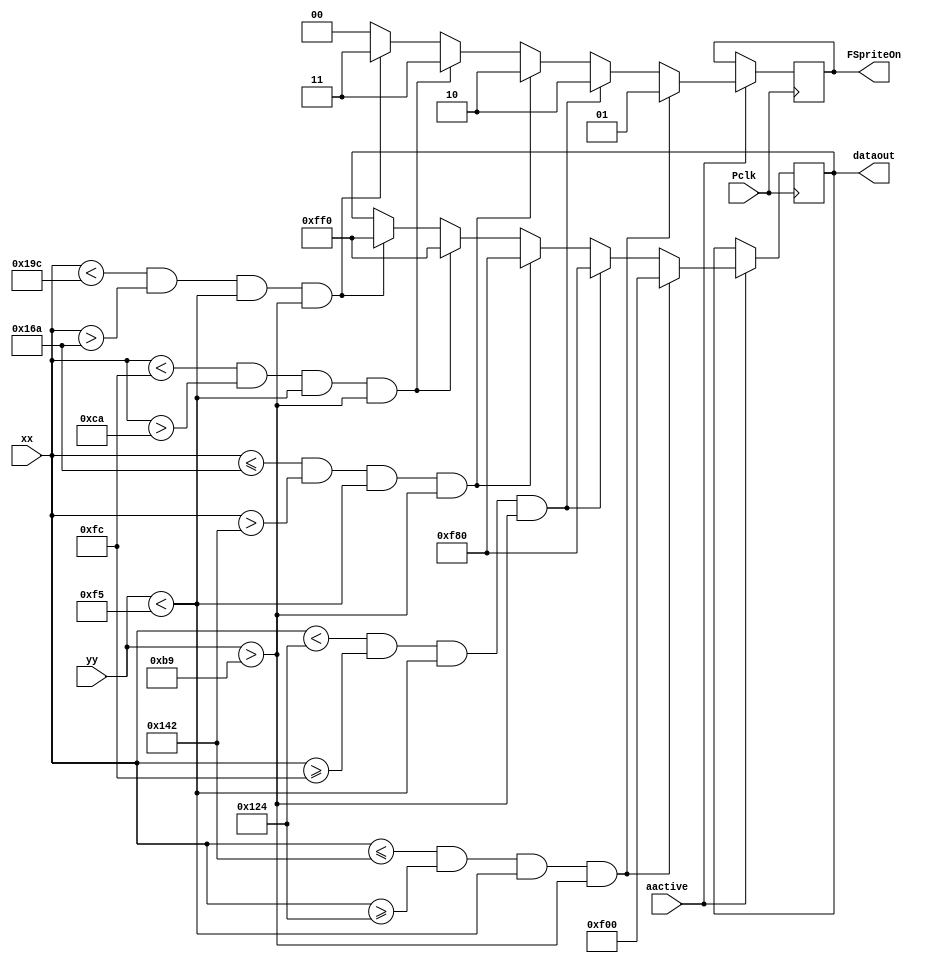
`timescale 1ns / 1ps
//////////////////////////////////////////////////////////////////////////////////
// Company: 
// Engineer: 
// 
// Design Name: 
// Module Name: FightBarSprite
// Project Name: 
// Target Devices: 
// Tool Versions: 
// Description: 
// 
// Dependencies: 
// 
// Revision:
// Revision 0.01 - File Created
// Additional Comments:
// 
//////////////////////////////////////////////////////////////////////////////////


module FightBarSprite(
    input wire [9:0] xx, // current x position
    input wire [9:0] yy, // current y position
    input wire aactive, // high during active pixel drawing
    output reg [1:0] FSpriteOn, // 1=on, 0=off
    output wire [11:0] dataout, // pixel value
    input wire Pclk // 25MHz pixel clock
    );
	
	reg [11:0] rgb; 
	reg [11:0] yellow = 12'b111111110000;
	reg [11:0] orange = 12'b111110000000;
	reg [11:0] red = 12'hF00;
          
    // setup character positions and sizes
    reg [8:0] FrameX = 307;
    reg [8:0] FrameY = 215;  
    localparam FrameHeight = 30; 
    
    always @ (posedge Pclk)
    begin 
        if (aactive)
            begin 
                // red
                if (xx<=FrameX+15 && xx>=FrameX-15 && yy<FrameY+FrameHeight && yy>FrameY-FrameHeight)
                    begin
                        rgb <= red;
                        FSpriteOn <=1;
                    end
                else
                // orange
                if  (xx<FrameX-15 && xx>=FrameX-55 && yy<FrameY+FrameHeight && yy>FrameY-FrameHeight)
                    begin
                        rgb <= orange;
                        FSpriteOn <=2;
                    end
                else
                if  (xx<=FrameX+55 && xx>FrameX+15 && yy<FrameY+FrameHeight && yy>FrameY-FrameHeight)
                    begin
                        rgb <= orange;
                        FSpriteOn <=2;
                    end
                else
                // yellow
                if (xx<FrameX-55 && xx>FrameX-105 && yy<FrameY+FrameHeight && yy>FrameY-FrameHeight)
                    begin
                        rgb <= yellow;
                        FSpriteOn <=3;
                    end
                else
                if (xx<FrameX+105 && xx>FrameX+55 && yy<FrameY+FrameHeight && yy>FrameY-FrameHeight)
                    begin
                        rgb <= yellow;
                        FSpriteOn <=3;
                    end
                else
                    FSpriteOn <=0;
            end
    end
    
    assign dataout = rgb;
    
endmodule